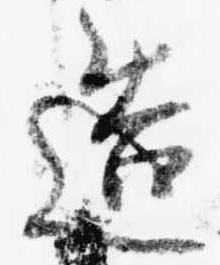
造